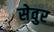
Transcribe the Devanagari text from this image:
सेवुर